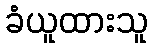
ခံယူထားသူ